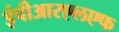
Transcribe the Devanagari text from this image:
ईपीआरएलएफ